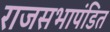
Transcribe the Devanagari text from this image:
राजसभापंडित